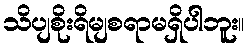
သိပျစိုးရိမျစရာမရှိပါဘူး။